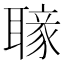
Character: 𦗐